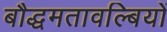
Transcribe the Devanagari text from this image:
बौद्धमतावल्बियों